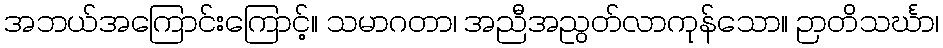
အဘယ်အကြောင်းကြောင့်။ သမာဂတာ၊ အညီအညွတ်လာကုန်သော။ ဉာတိသင်္ဃာ၊